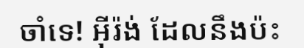
ចាំទេ! អ៊ីរ៉ង់ ដែលនឹងប៉ះ